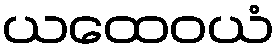
ယထေဝယံ